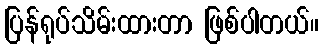
ပြန်ရုပ်သိမ်းထားတာ ဖြစ်ပါတယ်။